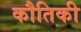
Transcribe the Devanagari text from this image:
कौतिकी